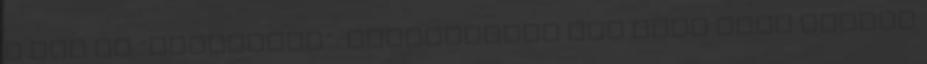
a két fő “trükkömet”: Készítettem egy több száz szavas